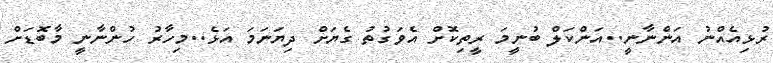
ރުޅިއެއްނު އަންނާނީ..އަންކަލް ބުނީމަ ރީތިކޮށް އެވަގުތު ގެޔަށް ދިޔަނަމަ އަޅެ..މިހާރު ހުންނާނީ މާބޮޑަށް